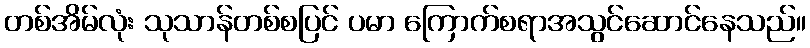
တစ်အိမ်လုံး သုသာန်တစ်စပြင် ပမာ ကြောက်စရာအသွင်ဆောင်နေသည်။